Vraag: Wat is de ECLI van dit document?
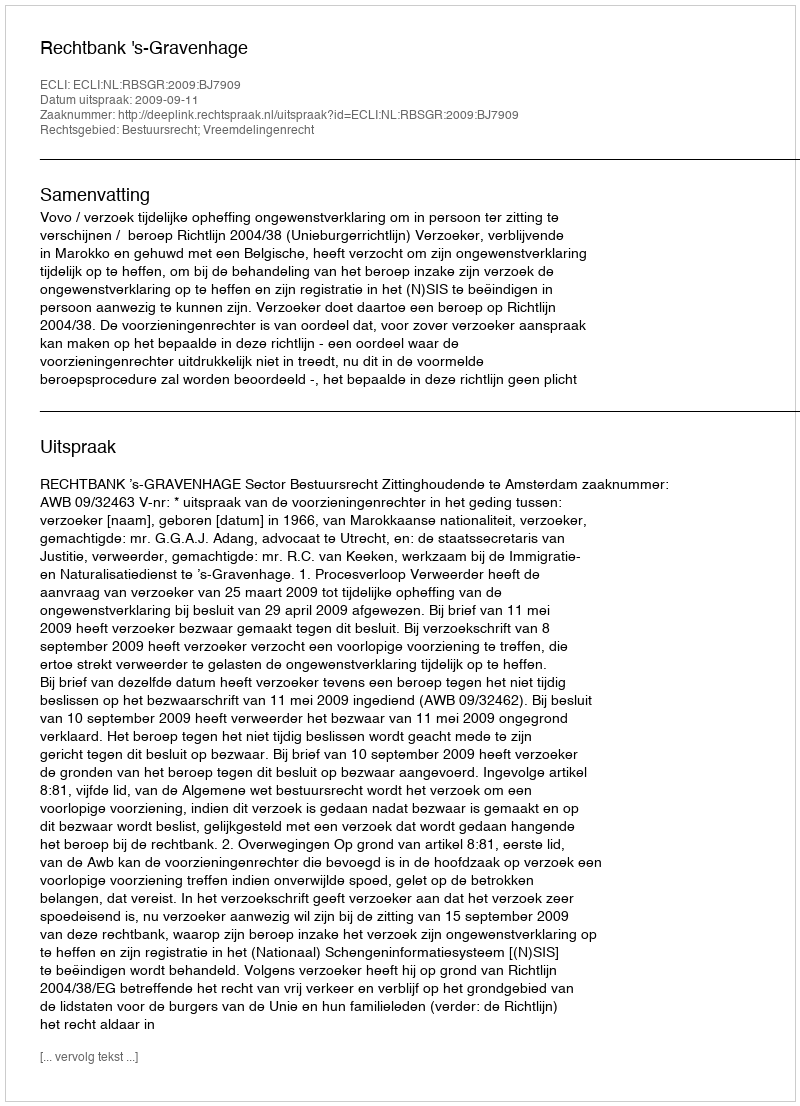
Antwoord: ECLI:NL:RBSGR:2009:BJ7909